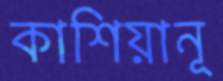
কাশিয়ানূ